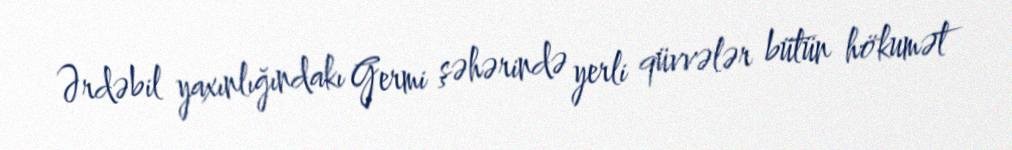
Ərdəbil yaxınlığındakı Germi şəhərində yerli qüvvələr bütün hökumət